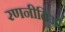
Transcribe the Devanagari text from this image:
रणनीतिओं